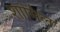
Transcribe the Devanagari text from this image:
शांमिल